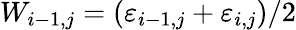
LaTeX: W_{i-1,j}=(\varepsilon_{i-1,j}+\varepsilon_{i,j})/2